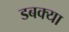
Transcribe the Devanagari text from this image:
डबक्या